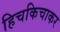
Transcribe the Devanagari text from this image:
हिचकिचाकर